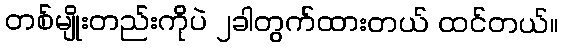
တစ်မျိုးတည်းကိုပဲ ၂ခါတွက်ထားတယ် ထင်တယ်။